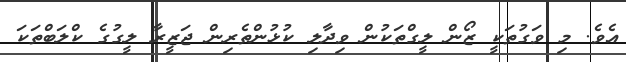
އެވެ. މި ވަގުތަކީީ ޒޯން ލީގްތަކުން ވިދާލި ކުޅުންތެރިން ޖަޒީރާ ލީގުގެ ކްލަބްތަކަ